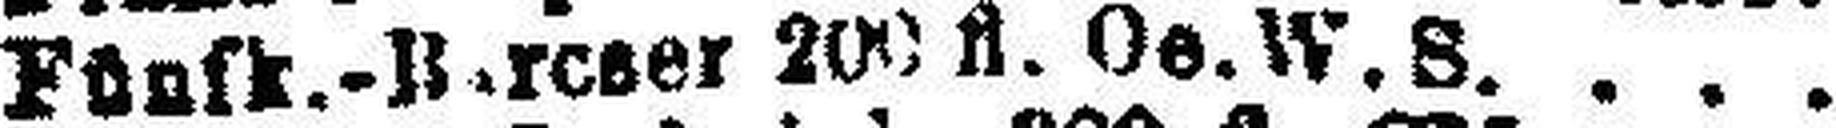
Fünfk.-B###rcser 200 fl. Oe. W. S.